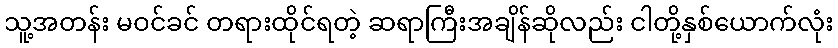
သူ့အတန်း မဝင်ခင် တရားထိုင်ရတဲ့ ဆရာကြီးအချိန်ဆိုလည်း ငါတို့နှစ်ယောက်လုံး